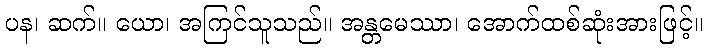
ပန၊ ဆက်။ ယော၊ အကြင်သူသည်။ အန္တမေဿာ၊ အောက်ထစ်ဆုံးအားဖြင့်။